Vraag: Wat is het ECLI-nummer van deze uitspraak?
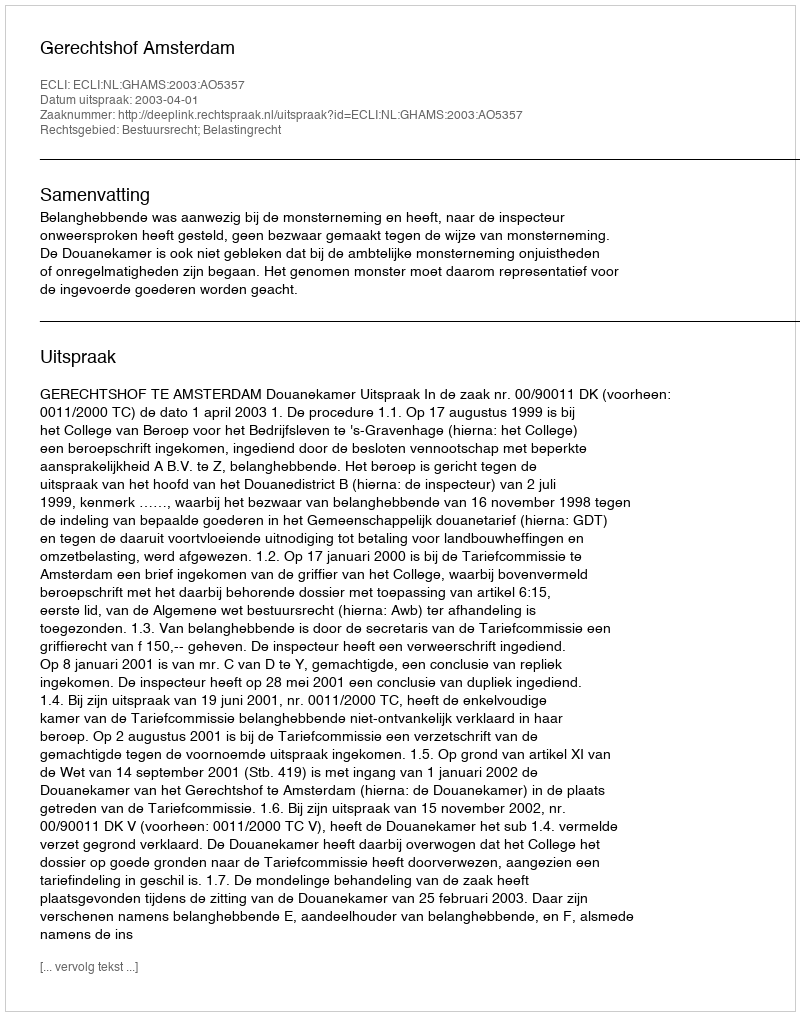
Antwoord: ECLI:NL:GHAMS:2003:AO5357